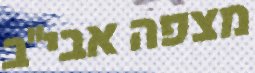
מצפה אבי"ב